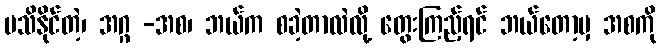
မသိနိုင်တဲ့၊ အဂ္ဂ -အစ၊ ဘယ်က စခဲ့တာလဲလို့ တွေးကြည့်ရင် ဘယ်တော့မှ အစကို